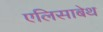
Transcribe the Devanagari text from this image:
एलिसाबेथ